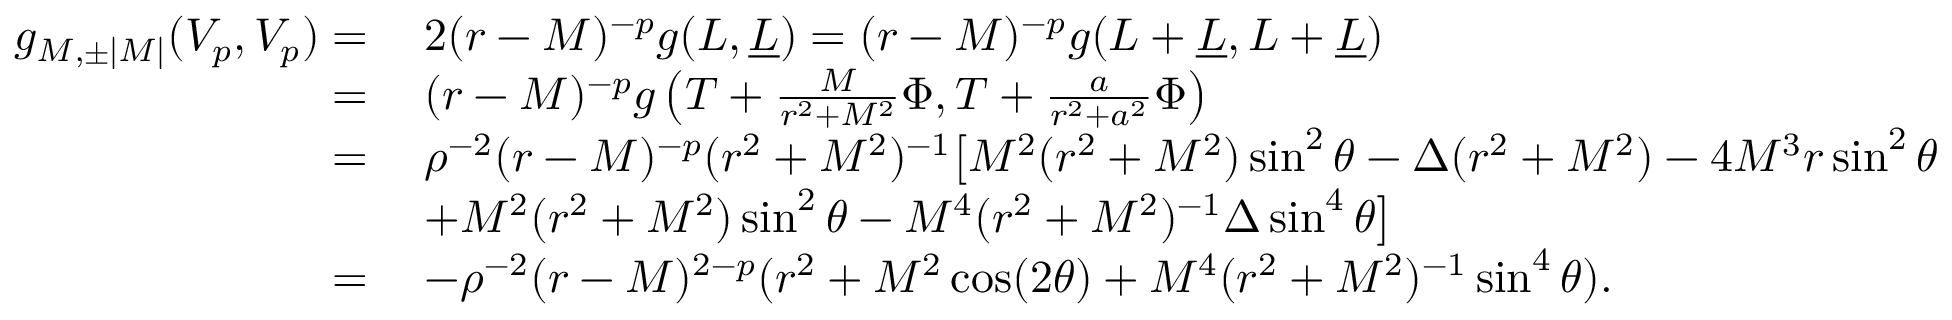
\begin{array} { r l } { g _ { M , \pm | M | } ( V _ { p } , V _ { p } ) = } & { \: 2 ( r - M ) ^ { - p } g ( L , \underline { { L } } ) = ( r - M ) ^ { - p } g ( L + \underline { { L } } , L + \underline { { L } } ) } \\ { = } & { \: ( r - M ) ^ { - p } g \left( T + \frac { M } { r ^ { 2 } + M ^ { 2 } } \Phi , T + \frac { a } { r ^ { 2 } + a ^ { 2 } } \Phi \right) } \\ { = } & { \: \rho ^ { - 2 } ( r - M ) ^ { - p } ( r ^ { 2 } + M ^ { 2 } ) ^ { - 1 } \big [ M ^ { 2 } ( r ^ { 2 } + M ^ { 2 } ) \sin ^ { 2 } \theta - \Delta ( r ^ { 2 } + M ^ { 2 } ) - 4 M ^ { 3 } r \sin ^ { 2 } \theta } \\ & { \: + M ^ { 2 } ( r ^ { 2 } + M ^ { 2 } ) \sin ^ { 2 } \theta - M ^ { 4 } ( r ^ { 2 } + M ^ { 2 } ) ^ { - 1 } \Delta \sin ^ { 4 } \theta \big ] } \\ { = } & { \: - \rho ^ { - 2 } ( r - M ) ^ { 2 - p } ( r ^ { 2 } + M ^ { 2 } \cos ( 2 \theta ) + M ^ { 4 } ( r ^ { 2 } + M ^ { 2 } ) ^ { - 1 } \sin ^ { 4 } \theta ) . } \end{array}